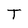
Character: T